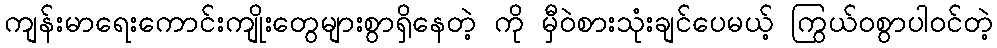
ကျန်းမာရေးကောင်းကျိုးတွေများစွာရှိနေတဲ့ ကို မှီဝဲစားသုံးချင်ပေမယ့် ကြွယ်ဝစွာပါဝင်တဲ့